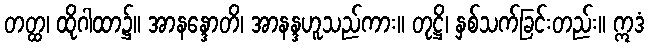
တတ္ထ၊ ထိုဂါထာ၌။ အာနန္ဒောတိ၊ အာနန္ဒဟူသည်ကား။ တုဋ္ဌိ၊ နှစ်သက်ခြင်းတည်း။ ဣဒံ